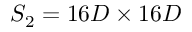
S _ { 2 } = 1 6 D \times 1 6 D